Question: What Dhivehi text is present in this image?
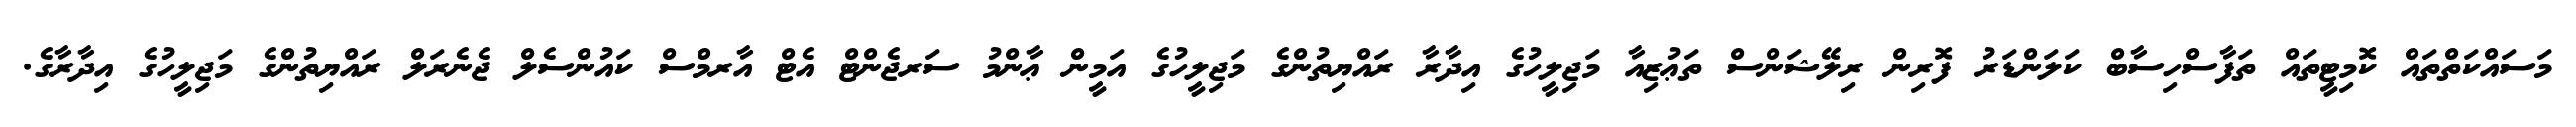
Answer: މަސައްކަތްތައް ކޮމިޓީތައް ތަފާސްހިސާބް ކަލަންޑަރު ފޮރިން ރިލޭޝަންސް ތަޢުޒިއާ މަޖިލީހުގެ އިދާރާ ރައްޔިތުންގެ މަޖިލީހުގެ އަމީން ޢާންމު ސަރޖެންޓް އެޓް އާރމްސް ކައުންސެލް ޖެނެރަލް ރައްޔިތުންގެ މަޖިލީހުގެ އިދާރާގެ.